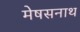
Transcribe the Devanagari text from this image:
मेषसनाथ